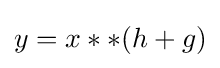
y=x**(h+g)